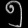
Digit: ၅